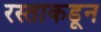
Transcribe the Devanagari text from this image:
रस्ताकडून